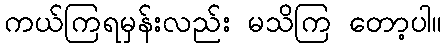
ကယ်ကြရမှန်းလည်း မသိကြ တော့ပါ။